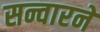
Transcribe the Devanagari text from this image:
सन्वारने